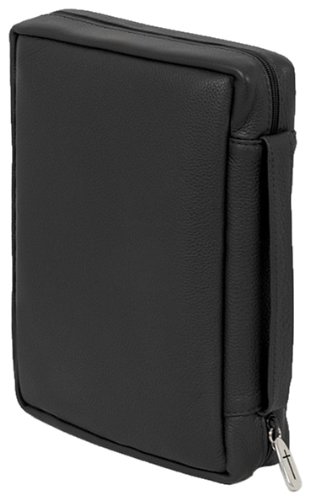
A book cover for Bible Cover: Exlarge Black Genuine Leather; Bob Siemon Designs; Christian Books & Bibles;